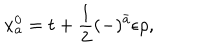
x _ { a } ^ { 0 } = t + \frac { 1 } { 2 } ( - ) ^ { \bar { a } } \epsilon \rho ,